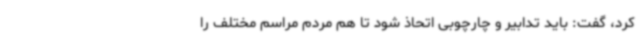
کرد، گفت: باید تدابیر و چارچوبی اتحاذ شود تا هم مردم مراسم مختلف را